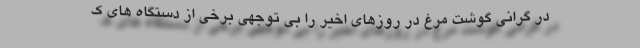
در گرانی گوشت مرغ در روزهای اخیر را بی توجهی برخی از دستگاه های ک